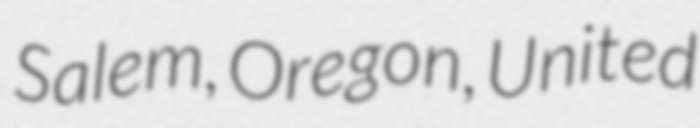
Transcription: Salem, Oregon, United